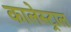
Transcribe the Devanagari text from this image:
कालेस्ट्राल